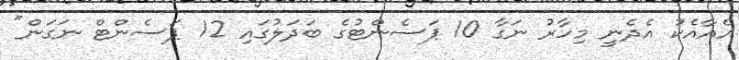
އެއާއެކު އެދެނީ މިހާރު ނަގާ 10 ޕަސެންޓުގެ ބަދަލުގައި 12 ޕަސެންޓް ނަގަން"